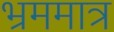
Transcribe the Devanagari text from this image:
भ्रममात्र